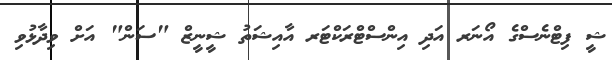
ޝީ ފިޓްނެސްގެ އޯނަރ އަދި އިންސްޓްރަކްޓަރ އާއިޝަތު ޝީނީޒް "ސަން" އަށް ވިދާޅުވި